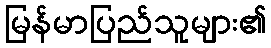
မြန်မာပြည်သူများ၏